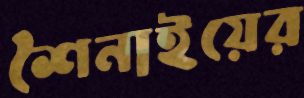
শৈনাইয়ের